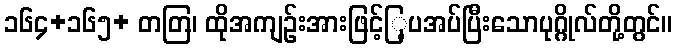
၁၆၄+၁၆၅+ တတြ၊ ထိုအကျဉ်းအားဖြင့်ြ့ပအပ်ပြီးသောပုဂ္ဂိုလ်တို့တွင်။